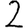
Digit: 2